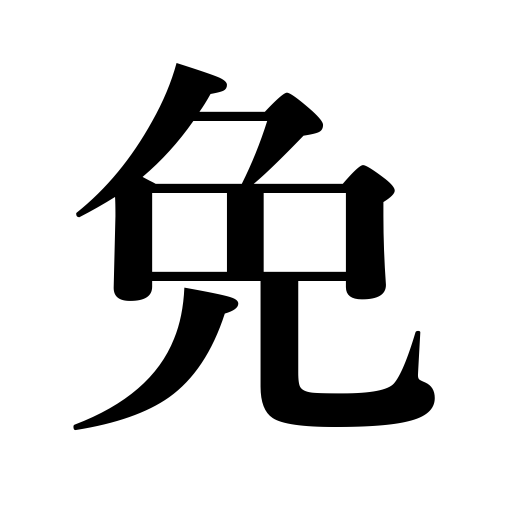
Meanings: be relieved from pain,avoid,be exempted,escape from,be rescued from,evade,elude,avert,get rid of,dismissal